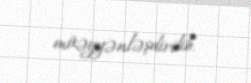
müəyyənləşdirilib.